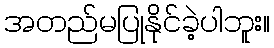
အတည်မပြုနိုင်ခဲ့ပါဘူး။